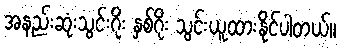
အနည်းဆုံးသွင်းဂိုး နှစ်ဂိုး သွင်းယူထားနိုင်ပါတယ်။